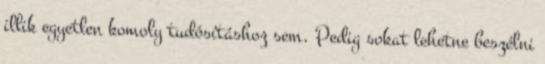
illik egyetlen komoly tudósításhoz sem. Pedig sokat lehetne beszélni